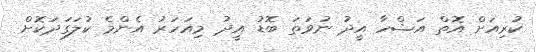
ކުރިއަށް އޮތް އަޟްހާ އީދު ނުވަތަ ބޮޑު އީދު މިއަހަރު އެންމެ ކުލަގަދަކޮށް